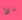
ماذا